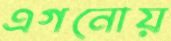
এগনোয়